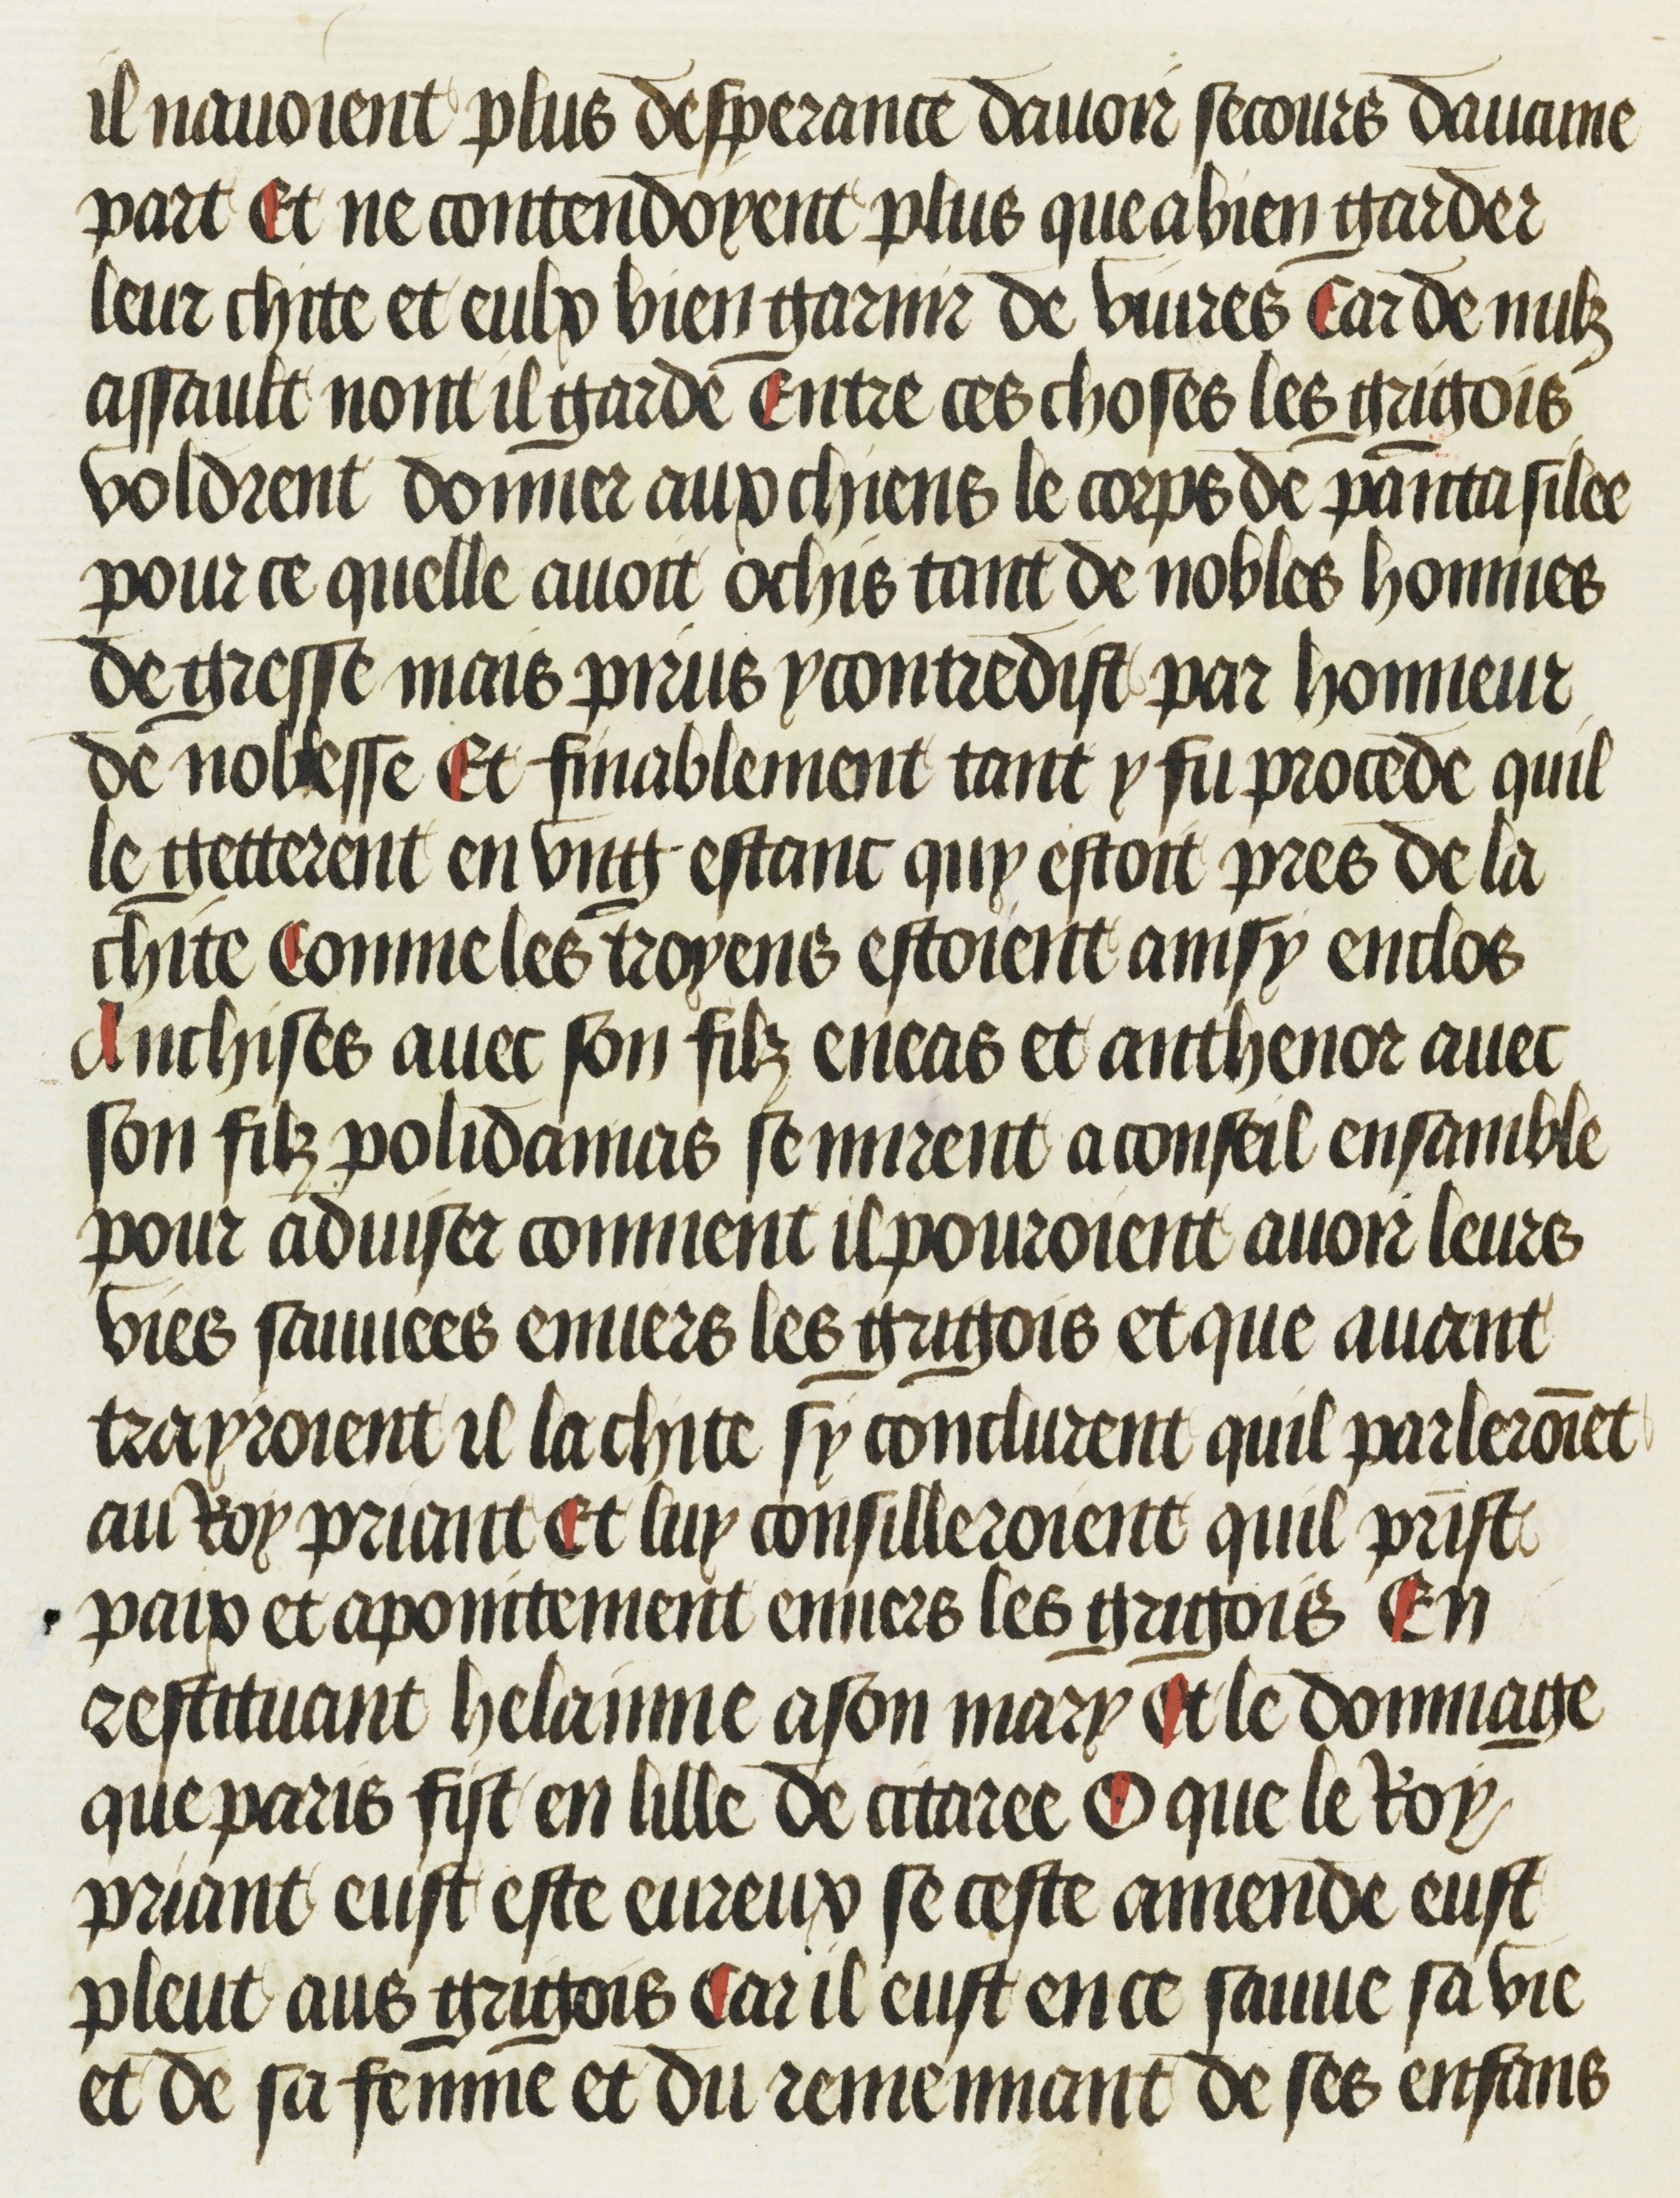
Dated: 1469–1469